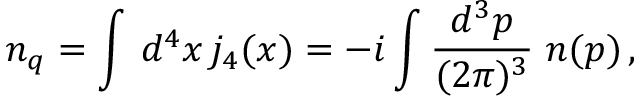
n _ { q } = \int \, d ^ { 4 } x \, j _ { 4 } ( x ) = - i \int \frac { d ^ { 3 } p } { ( 2 \pi ) ^ { 3 } } \; n ( p ) \, ,